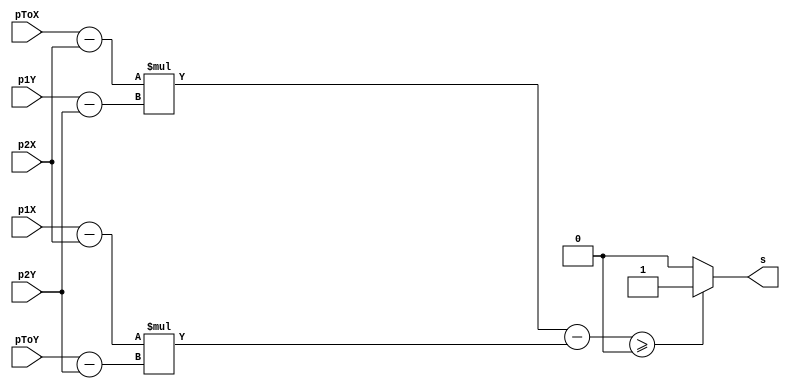
module sinal(
    input [11:0] p1X, // Coordenadas do triangulo
    input [11:0] p1Y, //
    input [11:0] p2X, //
    input [11:0] p2Y, //
    input [11:0] pToX, // ponto a ser testado no eixo X
    input [11:0] pToY, // ponto a ser testado no eixo Y

    output s //output dizendo se for dentro ou fora do triangulo
);

    wire signed [11:0] sub1;
    wire signed [11:0] sub2;
    wire signed [11:0] sub3;
    wire signed [11:0] sub4;
    wire signed [22:0] sub5;

    wire signed [22:0] mul1;
    wire signed [22:0] mul2;

    assign sub1 = pToX - p2X;
    assign sub2 = p1Y - p2Y;
    assign sub3 = p1X - p2X;
    assign sub4 = pToY - p2Y;
    assign mul1 = sub1 * sub2;
    assign mul2 = sub3 * sub4;
    assign sub5 = mul1 - mul2;

    assign s = (sub5 >= 0) ? 1 : 0;
endmodule


module testeTri(
    input [11:0] p1X,
    input [11:0] p1Y,

    input [11:0] p2X,
    input [11:0] p2Y,

    input [11:0] p3X,
    input [11:0] p3Y,

    input [11:0] pToX,
    input [11:0] pToY,
    output in
    );

    wire sl1;
    wire sl2;
    wire sl3;
    assign in = (sl1 == 1 && sl2 == 1 && sl3 == 1) ? 1 : 0;

    sinal S1(p1X, p1Y, p2X, p2Y, pToX, pToY, sl1);
    sinal S2(p2X, p2Y, p3X, p3Y, pToX, pToY, sl2);
    sinal S3(p3X, p3Y, p1X, p1Y, pToX, pToY, sl3);

endmodule

/*module teste;
    reg [11:0] p1X;
    reg [11:0] p1Y;
    reg [11:0] p2X;
    reg [11:0] p2Y;
    reg [11:0] p3X;
    reg [11:0] p3Y;
    reg [11:0] pToX;
    reg [11:0] pToY;

    wire In;

    testeTri x(p1X, p1Y, p2X, p2Y, p3X, p3Y, pToX, pToY, In);

    initial
        begin
           $dumpvars(0, x);
           #1
           p1X <= 20;
           p1Y <= 20;
           p2X <= 40;
           p2Y <= 20;
           p3X <= 30;
           p3Y <= 40;
           pToX <= 25;
           pToY <= 25;

           #1
           pToX <= 25;
           pToY <= 25;
           #1
           pToX <= 18;
           pToY <= 25;
           #1
           pToX <= 20;
           pToY <= 22;
           #1
           pToX <= 40;
           pToY <= 22;
           #40
           $finish;
        end
endmodule*/